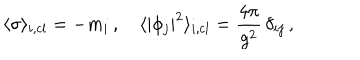
\langle \sigma \rangle _ { i , \mathrm { c l } } = - m _ { i } \, , \quad \langle | \phi _ { j } | ^ { 2 } \rangle _ { i , \mathrm { c l } } = { \frac { 4 \pi } { g ^ { 2 } } } \, \delta _ { i j } \, ,